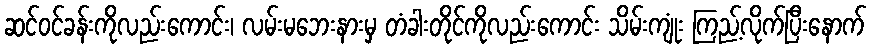
ဆင်ဝင်ခန်းကိုလည်းကောင်း၊ လမ်းမဘေးနားမှ တံခါးတိုင်ကိုလည်းကောင်း သိမ်းကျုံး ကြည့်လိုက်ပြီးနောက်